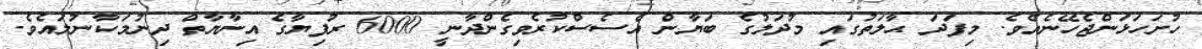
ހުށަހަޅަންޖެހޭނެއެވެ. މިފަދަ ޙާލަތުގައި މުދަލުގެ ބަޔާން އެސެސްކުރެވިގެންދާނީ 6000 ރުފިޔާގެ އިނާޔާތް ދިނުމަކާނުލައެވެ.